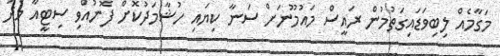
މަގާމެއް ލިބިވަޑައިގަތުމުން ރައީސް މައުމޫނަށް ސަނާ ކިޔައި ހުޝާމަދުކޮށް ފޮނުއްވި ސިޓީއާ މެދު